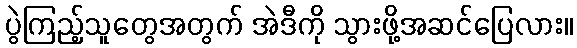
ပွဲကြည့်သူတွေအတွက် အဲဒီကို သွားဖို့အဆင်ပြေလား။